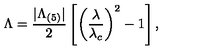
\Lambda = \frac { | \Lambda _ { ( 5 ) } | } { 2 } \left[ \left( \frac { \lambda } { \lambda _ { c } } \right) ^ { 2 } - 1 \right] ,